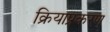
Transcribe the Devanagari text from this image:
क्रियाप्रकरण